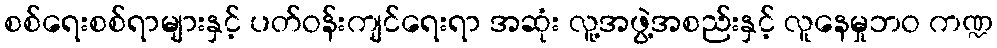
စစ်ရေးစစ်ရာများနှင့် ပတ်ဝန်းကျင်ရေးရာ အဆုံး လူ့အဖွဲ့အစည်းနှင့် လူနေမှုဘဝ ကဏ္ဍ